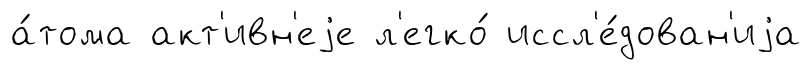
а́тома акт'ивн'еjе л'егко́ иссл'е́дован'иjа